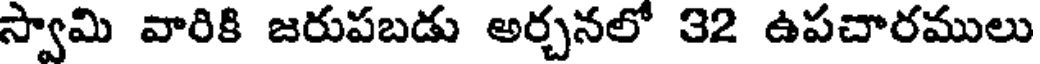
స్వామి వారికి జరుపబడు అర్చనలో 32 ఉపచారములు